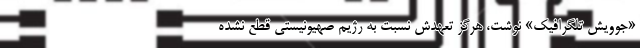
«جوویش تلگرافیک» نوشت، هرگز تعهدش نسبت به رژیم صهیونیستی قطع نشده